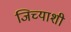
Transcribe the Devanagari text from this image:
जिच्याशी